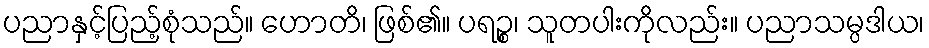
ပညာနှင့်ပြည့်စုံသည်။ ဟောတိ၊ ဖြစ်၏။ ပရဉ္စ၊ သူတပါးကိုလည်း။ ပညာသမ္ပဒါယ၊